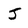
Character: j